Madras plague regulations in force outside the Presidency town - Volume 7
Disease focus: Plague
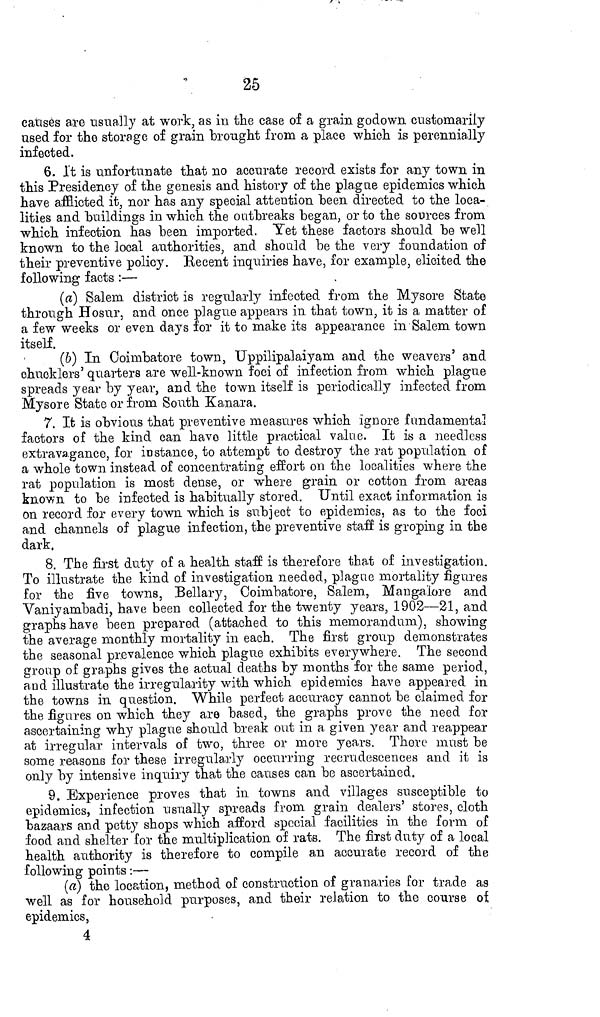
25
causes are usually at work, as in the case of a grain godown customarily
used for the storage of grain brought from a place which is perennially
infected.
6. It is unfortunate that no accurate record exists for any town in
this Presidency of the genesis and history of the plague epidemics which
have afflicted it, nor has any special attention heen directed to the loca-
lities and "buildings in which the outbreaks began, or to the sources from
which infection has been imported. Yet these factors should be well
known to the local authorities, and should be the very foundation of
their preventive policy. Recent inquiries have, for example, elicited the
following facts :—
(a) Salem district is regularly infected from the Mysore State
through Hosur, and once plague appears in that town, it is a matter of
a few weeks or even days for it to make its appearance in Salem town
itself.
(&) In Goimbatore town, Uppilipalaiyam and the weavers' and
chucklers' quarters are well-known foci of infection from which plague
spreads year by year, and the town itself is periodically infected from
Mysore State or from South Kanara.
7. It is obvious that preventive measures which ignore fundamental
factors of the kind can have little practical value. It is a needless
extravagance, for instance, to attempt to destroy the rat population of
a whole town instead of concentrating effort on the localities where the
rat population is most dense, or where grain or cotton from areas
known to be infected is habitually stored. Until exact information is
on record for every town which is subject to epidemics, as to the foci
and channels of plague infection, the preventive staff is groping in the
dark.
8. The first duty of a health staff is therefore tha.t of investigation.
To illustrate the kind of investigation needed, plague mortality figures
for the five towns, Bellary, Coimbatore, Salem, Manga'Jore and
Vaniyambadi, have been collected for the twenty years, 1902—21, and
graphs have been prepared (attached to this memorandum), showing
the average monthly mortality in each. The first group demonstrates
the seasonal prevalence which plague exhibits everywhere. The second
group of graphs gives the actual deaths by months for the same period,
and illustrate the irregularity with which epidemics have appeared in
the towns in question. While perfect accuracy cannot be claimed for
the figures on which they are based, the graphs prove the need for
ascertaining why plague should break out in a given year and reappear
at irregular intervals of two, three or more years. There must be
some reasons for these irregularly occurring recrudescences and it is
only by intensive inquiry that the causes can be ascertained.
9. Experience proves that in towns and villages susceptible to
epidemics, infection usually spreads from grain dealers' stores, cloth
bazaars and petty shops which afford special facilities in the form of
food and shelter Cor the multiplication of rats. The first duty of a local
health authority is therefore to compile an accurate record of the
following points :—
(a) the location, method of construction of granaries for trade as
well as for household purposes, and their relation to the course oí
epidemics,
4